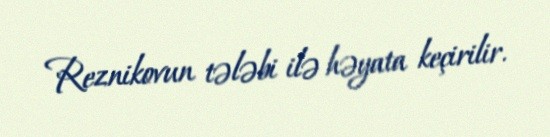
Reznikovun tələbi ilə həyata keçirilir.